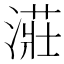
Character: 𣼥